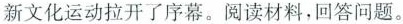
新文化运动拉开了序幕。阅读材料，回答问题。